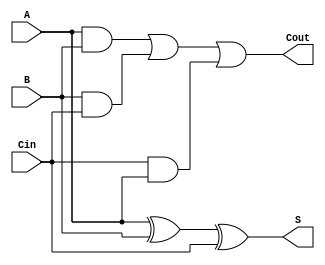
`timescale 1ns / 1ps
//////////////////////////////////////////////////////////////////////////////////
// Company: 
// Engineer: 
// 
// Design Name: 
// Module Name: adder_1_bit
// Project Name: 
// Target Devices: 
// Tool Versions: 
// Description: 
// 
// Dependencies: 
// 
// Revision:
// Revision 0.01 - File Created
// Additional Comments:
// 
//////////////////////////////////////////////////////////////////////////////////


module adder_1_bit(
    input A,
    input B,
    input Cin,
    output S,
    output Cout
    );
 
 assign S = A^B^Cin; 
 assign Cout = (A&B)|(B&Cin)|(Cin&A);
 
 
endmodule